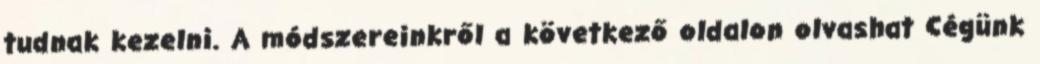
tudnak kezelni. A módszereinkről a következő oldalon olvashat Cégünk